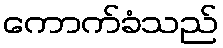
ကောက်ခံသည်